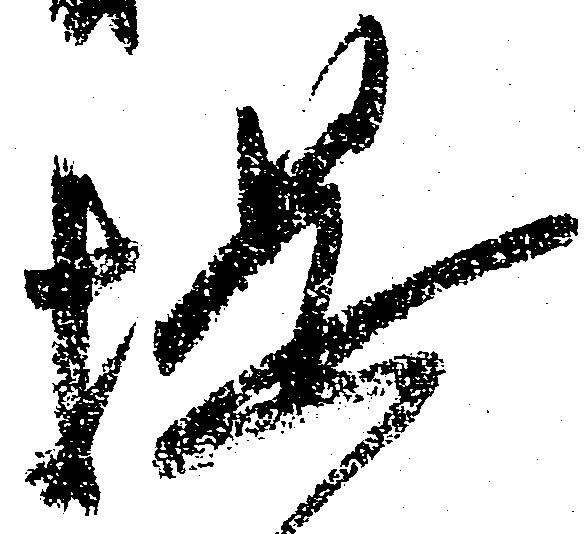
提